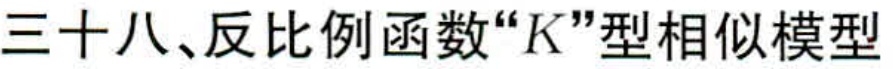
三十八、反比例函数“\(K\)”型相似模型